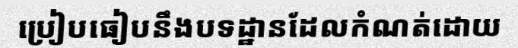
ប្រៀបធៀបនឹងបទដ្ឋានដែលកំណត់ដោយ